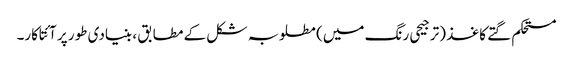
مستحکم گتے کاغذ (ترجیحی رنگ میں) مطلوبہ شکل کے مطابق ، بنیادی طور پر آئتاکار۔